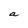
Character: a